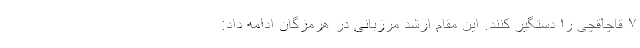
۷ قاچاقچی را دستگیر کنند. این مقام ارشد مرزبانی در هرمزگان ادامه داد: